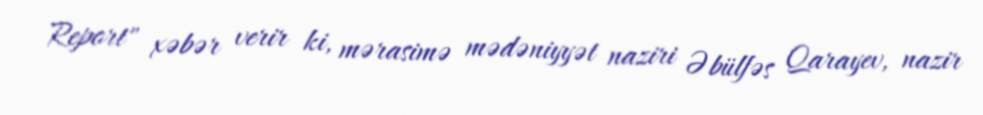
Report" xəbər verir ki, mərasimə mədəniyyət naziri Əbülfəs Qarayev, nazir